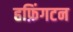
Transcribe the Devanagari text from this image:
हफ़िंगटन